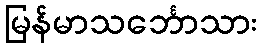
မြန်မာသင်္ဘောသား